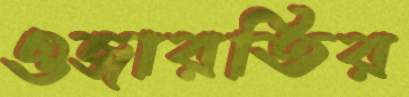
ওজারতির